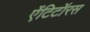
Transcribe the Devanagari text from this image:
ऐंटिटॉरस